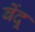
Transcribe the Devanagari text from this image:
बेंदू